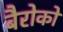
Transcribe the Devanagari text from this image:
बैरोको